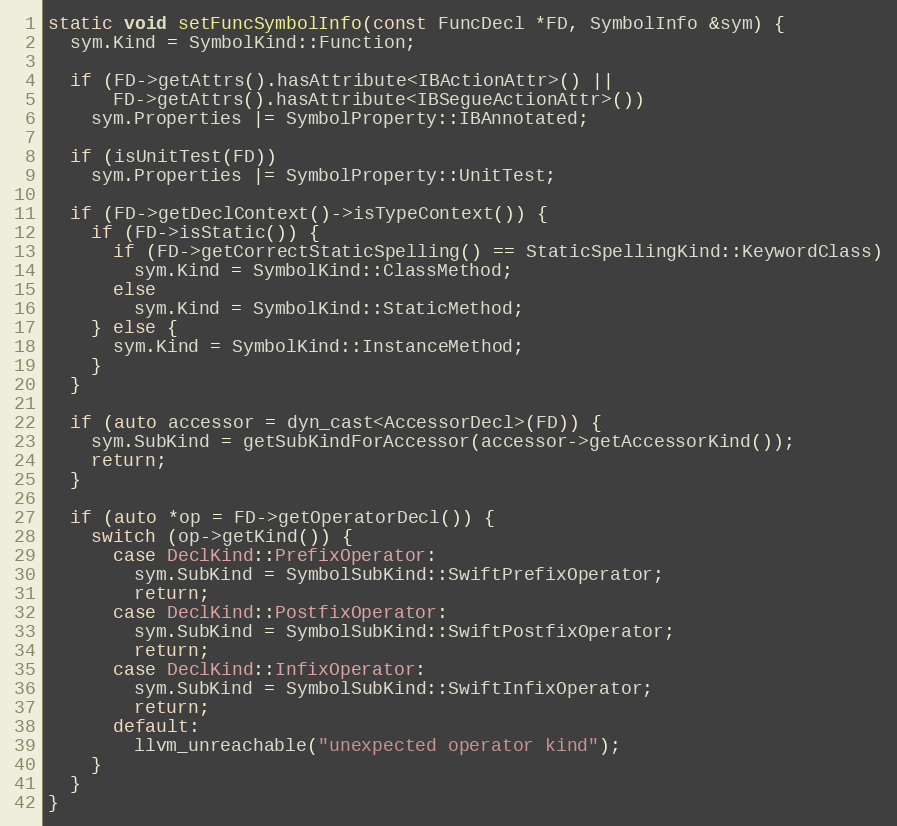
Language: C++
static void setFuncSymbolInfo(const FuncDecl *FD, SymbolInfo &sym) {
  sym.Kind = SymbolKind::Function;

  if (FD->getAttrs().hasAttribute<IBActionAttr>() ||
      FD->getAttrs().hasAttribute<IBSegueActionAttr>())
    sym.Properties |= SymbolProperty::IBAnnotated;

  if (isUnitTest(FD))
    sym.Properties |= SymbolProperty::UnitTest;

  if (FD->getDeclContext()->isTypeContext()) {
    if (FD->isStatic()) {
      if (FD->getCorrectStaticSpelling() == StaticSpellingKind::KeywordClass)
        sym.Kind = SymbolKind::ClassMethod;
      else
        sym.Kind = SymbolKind::StaticMethod;
    } else {
      sym.Kind = SymbolKind::InstanceMethod;
    }
  }

  if (auto accessor = dyn_cast<AccessorDecl>(FD)) {
    sym.SubKind = getSubKindForAccessor(accessor->getAccessorKind());
    return;
  }

  if (auto *op = FD->getOperatorDecl()) {
    switch (op->getKind()) {
      case DeclKind::PrefixOperator:
        sym.SubKind = SymbolSubKind::SwiftPrefixOperator;
        return;
      case DeclKind::PostfixOperator:
        sym.SubKind = SymbolSubKind::SwiftPostfixOperator;
        return;
      case DeclKind::InfixOperator:
        sym.SubKind = SymbolSubKind::SwiftInfixOperator;
        return;
      default:
        llvm_unreachable("unexpected operator kind");
    }
  }
}